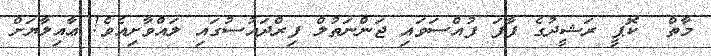
މާތް  ކޮޕީ ރަޝީދުގެ ފާފަ ފުއްސަވައި ޖަންނަތުލް ފިރްދައުސުގައި ލައްވާށިއެވެ! ޢާއިލާޔަށް